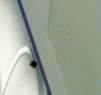
٠